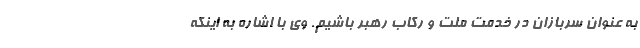
به عنوان سربازان در خدمت ملت و رکاب رهبر باشیم. وی با اشاره به اینکه